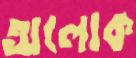
অলোক